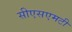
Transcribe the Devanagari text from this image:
सीएसएमटी